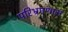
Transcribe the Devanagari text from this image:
परिभ्रमणास